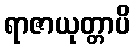
ရာဇာယုတ္တာပိ